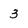
Character: 3